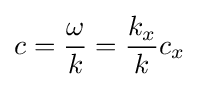
c={\omega  \over k}={k_{x} \over k}c_{x}